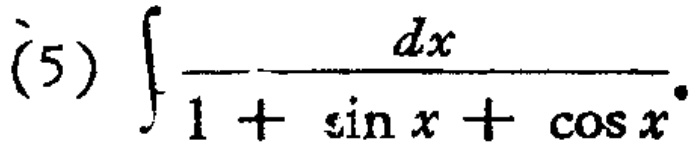
(5) \(\int \frac{dx}{1 + \sin x + \cos x}\)